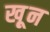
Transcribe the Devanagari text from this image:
खू़न